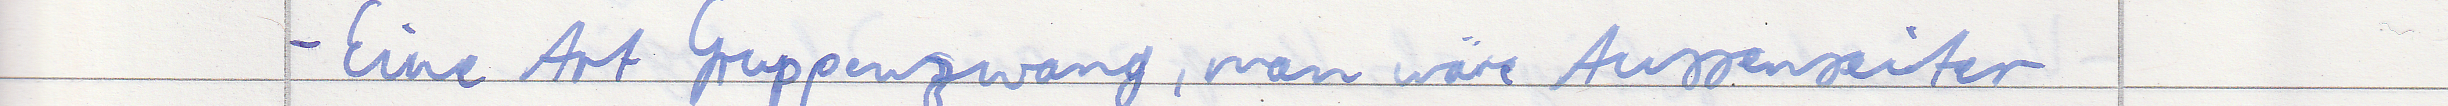
- Eine Art Gruppenzwang, man wäre Aussenseiter